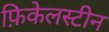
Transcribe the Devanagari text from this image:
फ़िकेलस्टीन